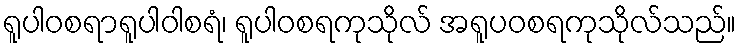
ရူပါဝစရာရူပါဝါစရံ၊ ရူပါဝစရကုသိုလ် အရူပဝစရကုသိုလ်သည်။